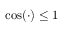
\cos ( \cdot ) \le 1